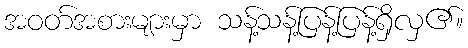
အဝတ်အစားများမှာ သန့်သန့်ပြန့်ပြန့်ရှိလှ၏။